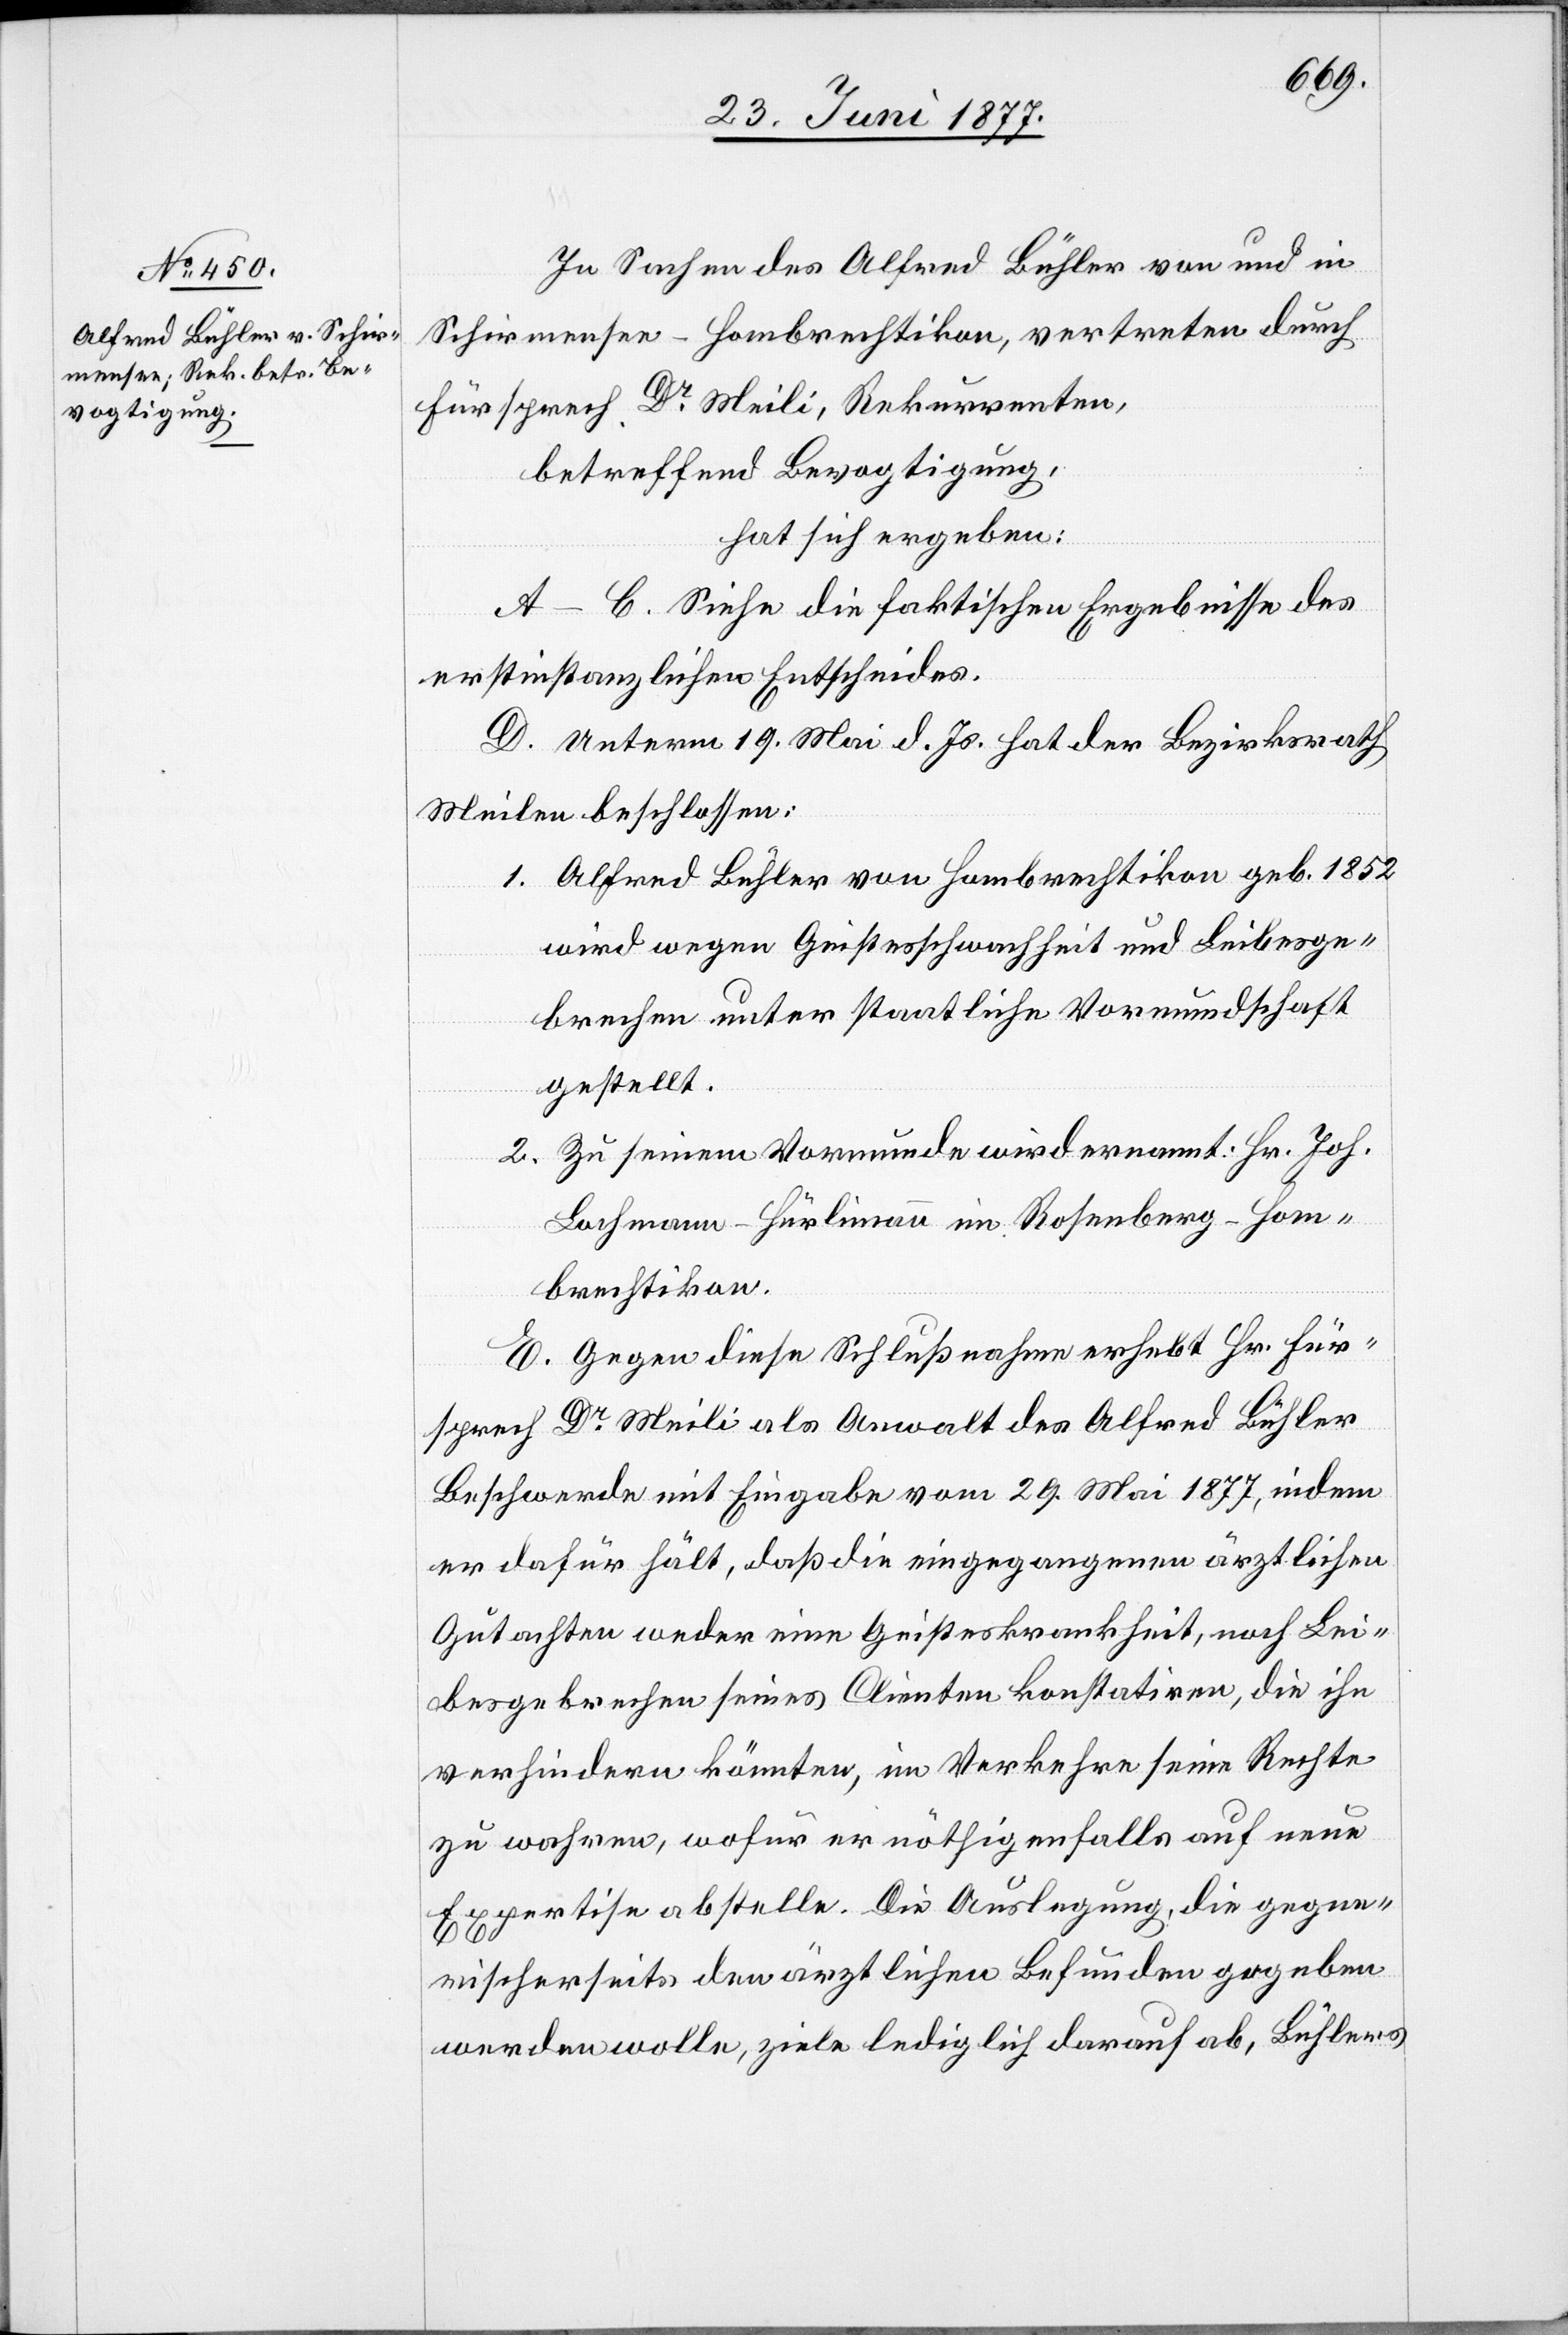
In Sachen des Alfred Bühler von und in
Schirmensee - Hombrechtikon, vertreten durch
Fürsprech Dr Meili, Rekurrenten,
betreffend Bevogtigung,
hat sich ergeben:
A.–C. Siehe die faktischen Ergebnisse des
erstinstanzlichen Entscheides.
D. Unterm 19. Mai d. Js. hat der Bezirksrath
Meilen beschlossen:
1. Alfred Bühler von Hombrechtikon geb. 1852
wird wegen Geistesschwachheit und Leibesge¬
brechen unter staatliche Vormundschaft
gestellt.
2. Zu seinem Vormunde wird ernannt: Hr. Joh.
Bachmann-Hürlimann im Rosenberg - Hom¬
brechtikon.
E. Gegen diese Schlußnahme erhebt Hr. Für¬
sprech Dr Meili als Anwalt des Alfred Bühler
Beschwerde mit Eingabe vom 29. Mai 1877, indem
er dafür hält, daß die eingegangenen ärztlichen
Gutachten weder eine Geisteskrankheit, noch Lei¬
besgebrechen seines Clienten konstatiren, die ihn
verhindern könnten, im Verkehre seine Rechte
zu wahren, wofür er nöthigenfalls auf neue
Expertise abstelle. Die Auslegung, die gegne¬
rischerseits den ärztlichen Befunden gegeben
werden wolle, ziele lediglich darauf ab, Bühlers